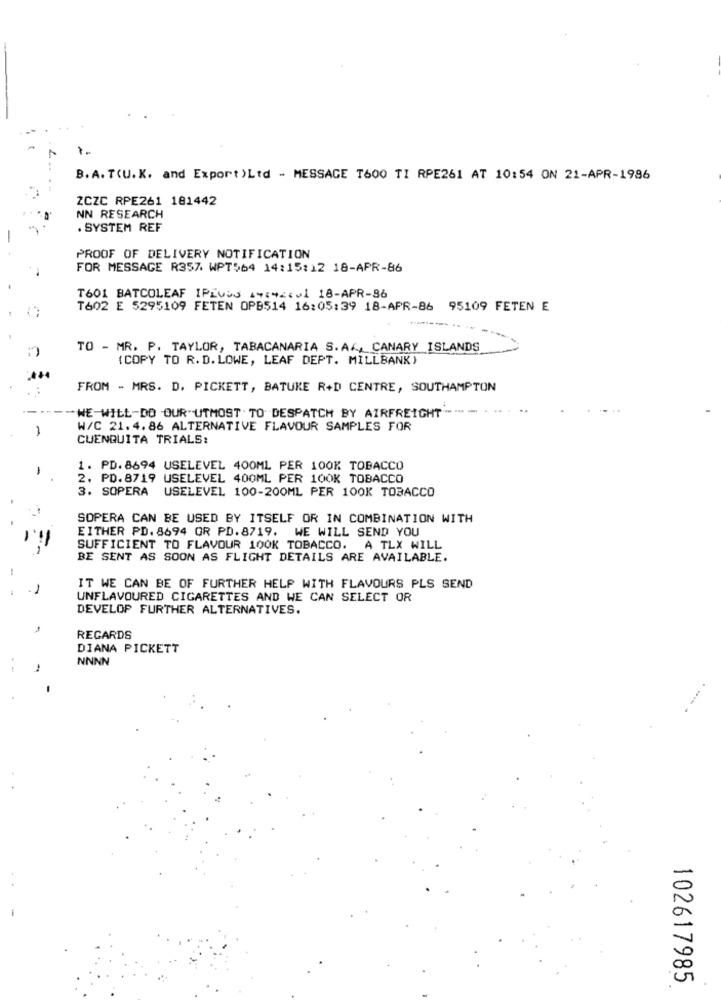
B.A. T.U.K. and Export )Ltd - MESSAGE T600 TI RPE261 AT 10:54 ON 21-APR-1986
ZCZC RPE261 181442
NN RESEARCH
. SYSTEM REF
PROOF OF DELIVERY NOTIFICATION
FOR MESSAGE R357. WPT564 14:15:12 18-APR-86
T601 BATCOLEAF IPIVOS **** 201 18-APR-36
T602 E 5295109 FETEN OPB514 16:05:39 18-APR-86 95109 FETEN E
TO - MR. P. TAYLOR, TABACANARIA S. AK, CANARY ISLANDS
(COPY TO R. D. LOWE, LEAF DEPT. MILLBANK)
..
FROM - MRS. D. PICKETT, BATUKE R+D CENTRE, SOUTHAMPTON
"WE-WILL-DO OUR UTMOST . TO DESPATCH BY AIRFREIGHT
-
W/C 21.4.86 ALTERNATIVE FLAVOUR SAMPLES FOR
CUENQUITA TRIALS:
-
1. PD. 8694 USELEVEL 400ML PER 100K TOBACCO
2. PD.8719 USELEVEL 400ML PER 100K TOBACCO
3. SOPERA USELEVEL 100-200ML PER 100K TOBACCO
SOPERA CAN BE USED BY ITSELF OR IN COMBINATION WITH
EITHER PD. 8694 OR PD.8719. WE WILL SEND YOU
SUFFICIENT TO FLAVOUR 100K TOBACCO. A TLX WILL
BE SENT AS SOON AS FLIGHT DETAILS ARE AVAILABLE.
IT WE CAN BE OF FURTHER HELP WITH FLAVOURS PLS SEND
UNFLAVOURED CIGARETTES AND WE CAN SELECT OR
DEVELOP FURTHER ALTERNATIVES.
REGARDS
DIANA PICKETT
NNNN
-
102617985